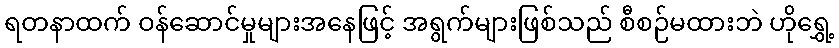
ရတနာထက် ဝန်ဆောင်မှုများအနေဖြင့် အရွက်များဖြစ်သည် စီစဉ်မထားဘဲ ဟိုရွှေ့